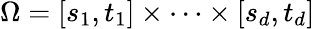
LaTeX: \Omega=[s_{1},t_{1}]\times\cdots\times[s_{d},t_{d}]